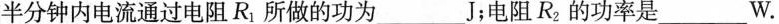
半分钟内电流通过电阻R_{1}所做的功为___J；电阻R_{2}的功率是___W.